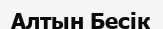
Алтын Бесік